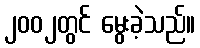
၂၀၀၂တွင် မွေးခဲ့သည်။